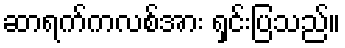
ဆာရက်ကလစ်အား ရှင်းပြသည်။